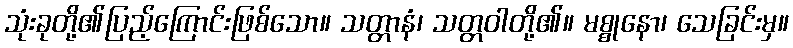
သုံးခုတို့၏ပြည့်ကြောင်းဖြစ်သော။ သတ္တာနံ၊ သတ္တဝါတို့၏။ မစ္စုနော၊ သေခြင်းမှ။